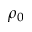
\rho _ { 0 }